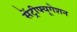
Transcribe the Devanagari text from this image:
सेंट्रीफ्यूगेशन